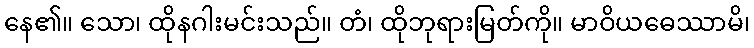
နေ၏။ သော၊ ထိုနဂါးမင်းသည်။ တံ၊ ထိုဘုရားမြတ်ကို။ မာဝိယဓေဿာမိ၊